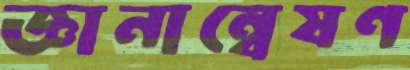
জ্ঞানান্বেষণ